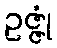
ဥဇ္ဇုံ